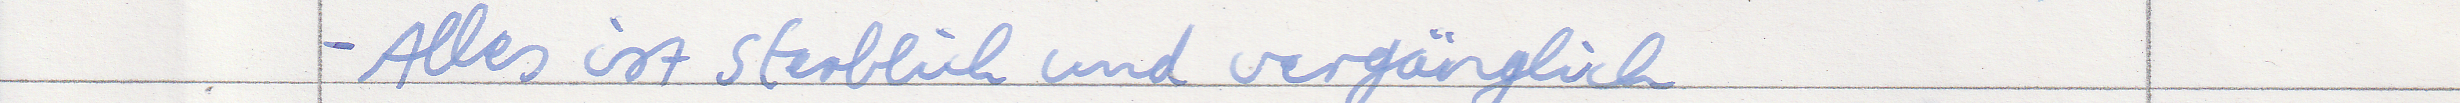
- Alles ist sterblich und vergänglich